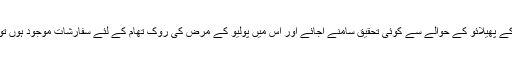
مثال کے طور پر اگر پاکستان میں پولیو کے مرض کے پھیلائو کے حوالے سے کوئی تحقیق سامنے آجائے اور اُس میں پولیو کے مرض کی روک تھام کے لئے سفارشات موجود ہوں تو ہم اُنہیں غیر ملکی ایجنڈا یا سازش تصور کریں گے۔